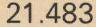
21.483